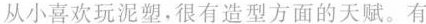
从小喜欢玩泥朔，很有造型方面的天赋。有